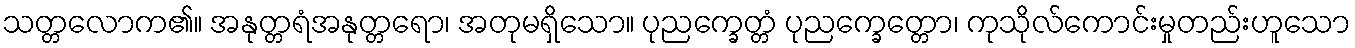
သတ္တလောက၏။ အနုတ္တရံအနုတ္တရော၊ အတုမရှိသော။ ပုညက္ခေတ္တံ ပုညက္ခေတ္တော၊ ကုသိုလ်ကောင်းမှုတည်းဟူသော